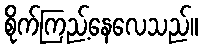
စိုက်ကြည့်နေလေသည်။